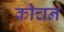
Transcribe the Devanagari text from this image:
कीचन